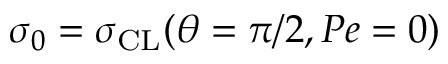
\sigma _ { 0 } = \sigma _ { \mathrm { C L } } ( \theta = \pi / 2 , P e = 0 )